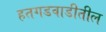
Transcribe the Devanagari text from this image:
हतगडवाडीतील